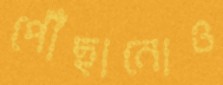
পৌঁছানোও